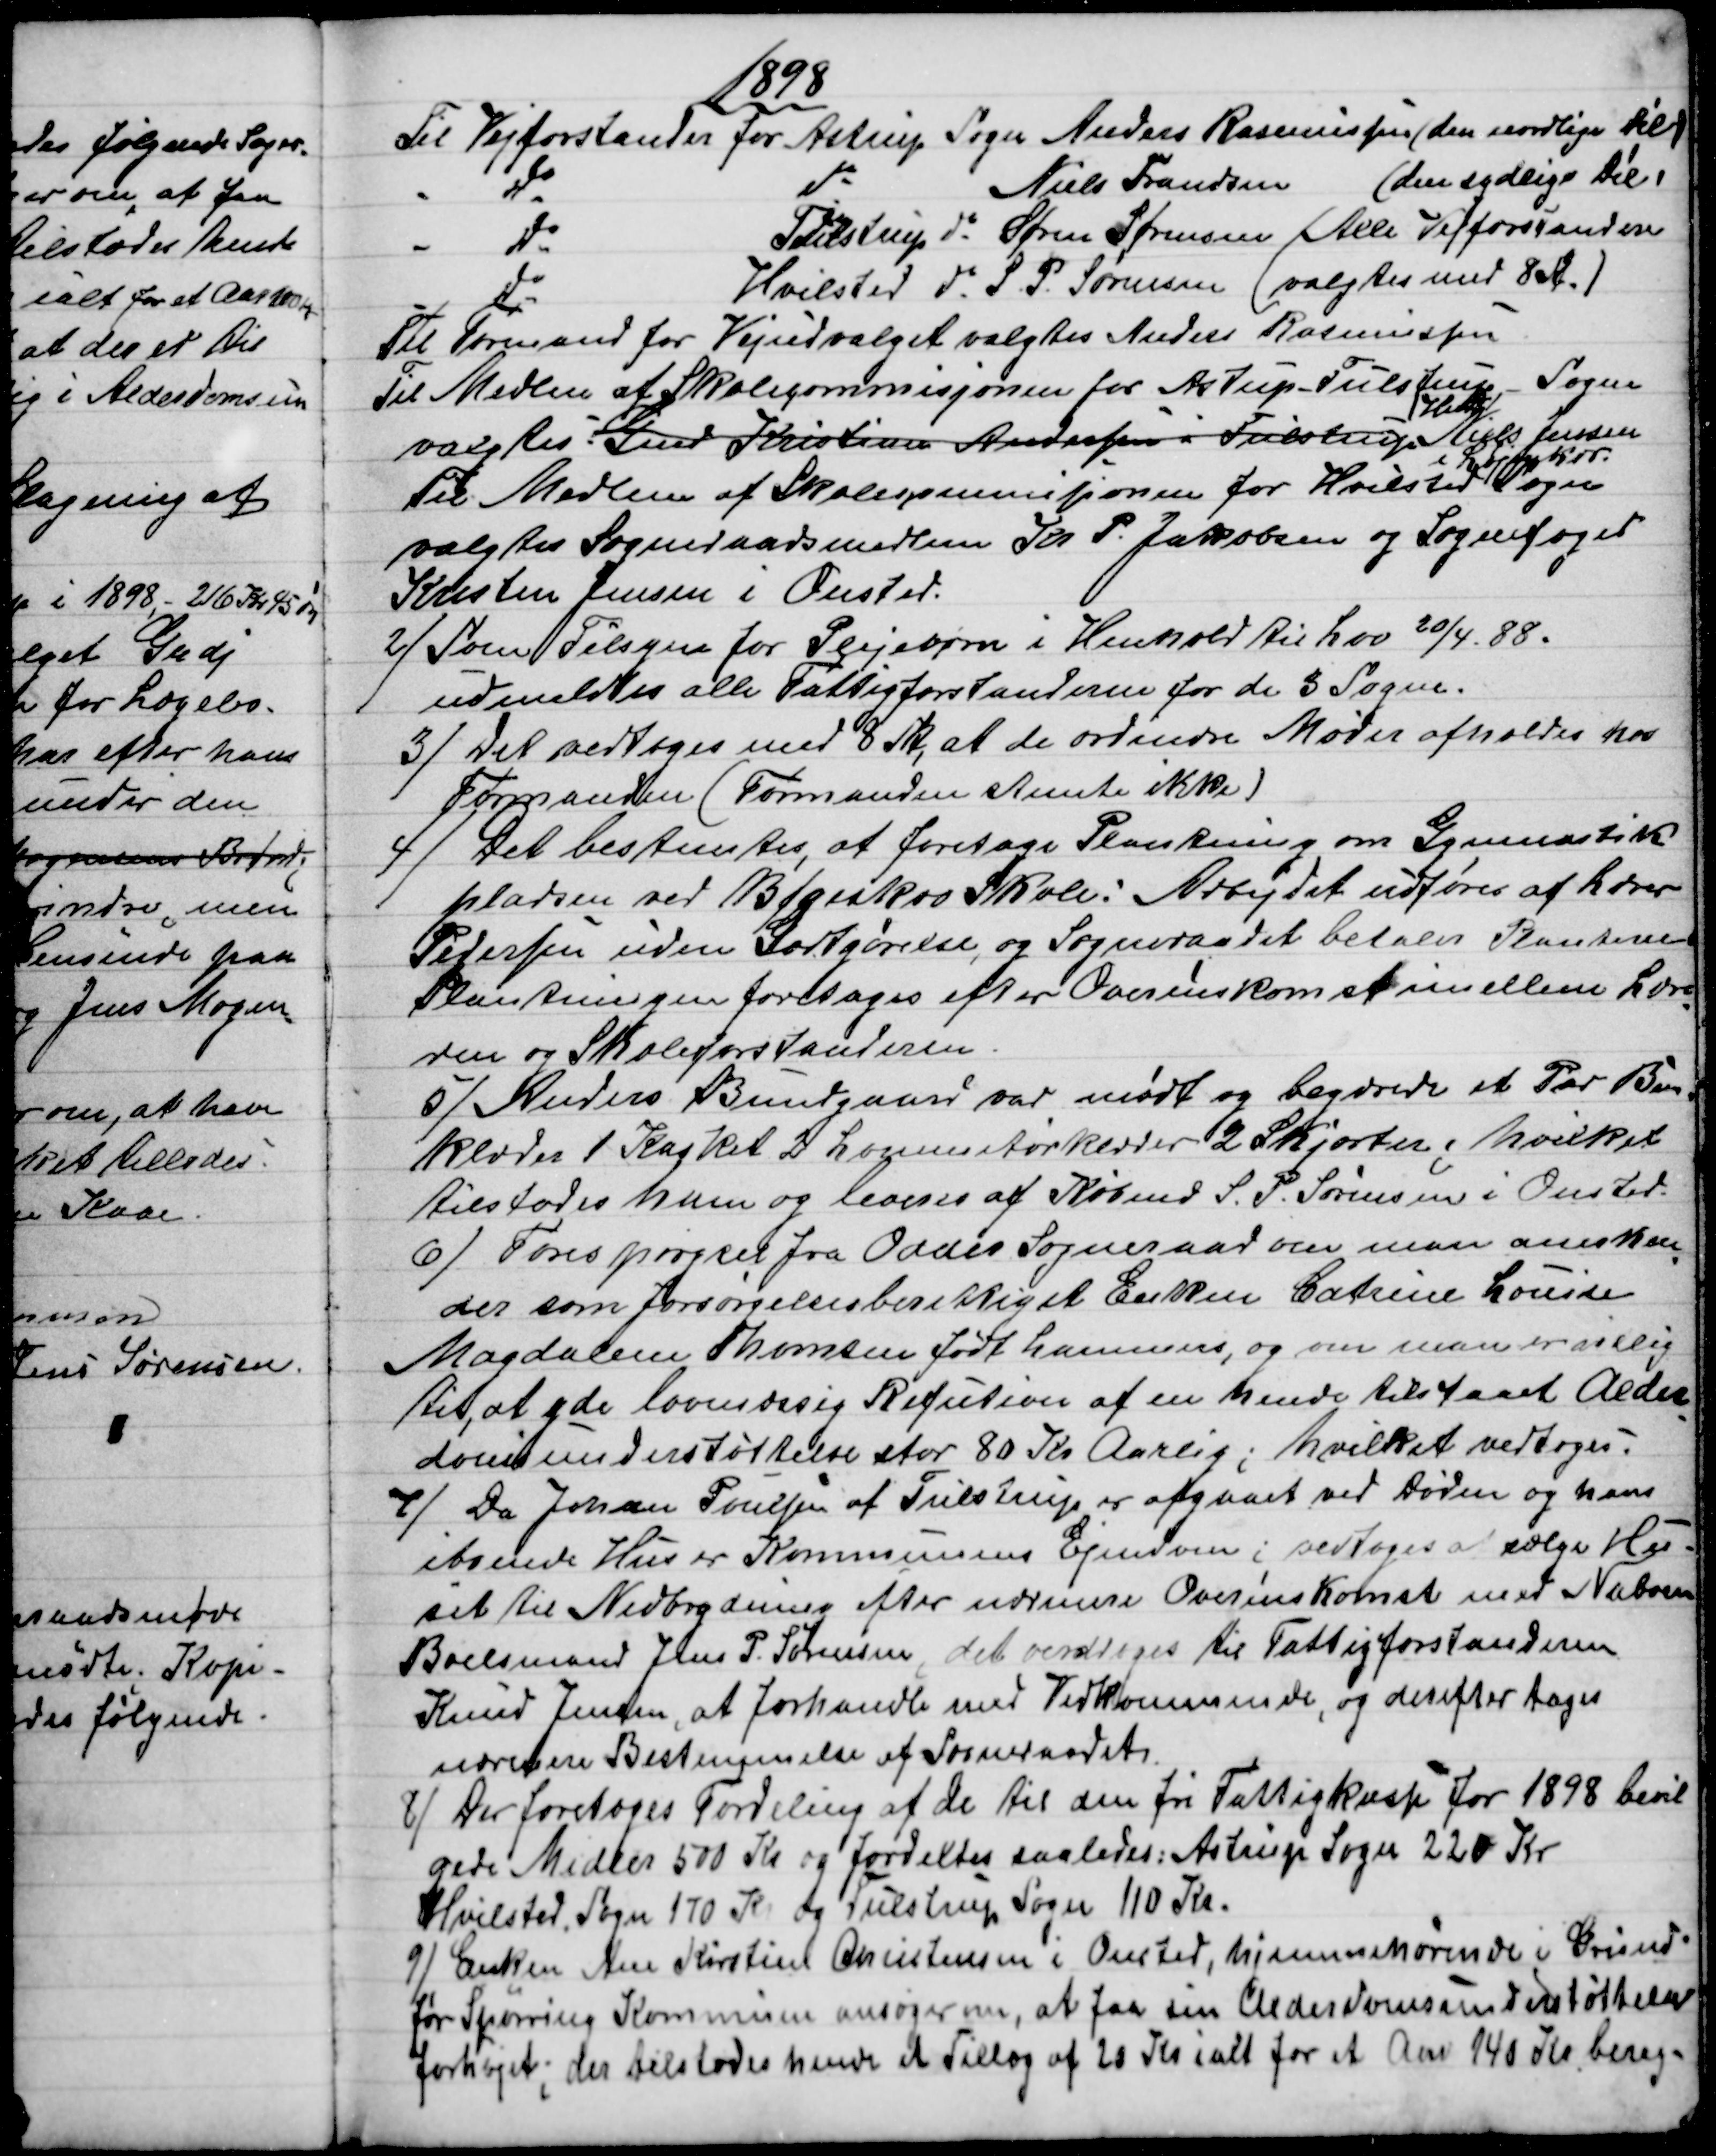
Transskription:
1898
Til Vejforstander for Astrup Sogn Anders Rasmussen (den nordlige Dél)
Do
Do
Niels Frandsen (den sydlige Dél)
Do
Tulstrup do Søren Sørensen 
Do
Hvilsted do  S. P. Sørensen 
(Alle Vejforstandere 
valgtes med 8 St.)
Til Formand for Vejudvalget valgtes Anders Rasmussen
Til Medlem af Skolecommisjonen for Astrup -Tulstrup Sogne
valgtes: Gmd Kristian Andersen i Tulstrup 
Hmd
Niels Jensen
i Løjenkær
Til Medlem af Skolecommissjonen for Hvilsted Sogn 
valgtes Sogneraadsmedlem Kr. P. Jakobsen og Sognefoged
Kristen Jensen i Onsted.
2)
Som Tilsyn for Plejebørn i Henhold til Lov 20/4 88.
udmeldtes alle Fattigforstanderne for de 3 Sogne.
3) 
Det vedtoges med 8 St., at de ordinære Møder afholdes hos
Formanden (Formanden stemte ikke)
4) 
Det bestemtes, at foretage Plantning om Gymnastik
pladsen ved Bøgeskov Skole: Arbejdet udføres af Lærer
Pedersen uden Godtgørelse, og Sogneraadet betalers Planterne
Plantningen foretages efter Overenskomst imellem Lære
=
ren og Skoleforstanderen.
5)
Anders Bundgaard var mødt og begærede et Par Ben=
klæder 1 Kasket 2 Lommetørklæder 2 Skjorter; hvilket
tilstodes ham og leveres af Købmd S. P. Sørensen i Onsted.
6) 
Forespørgsel fra Odder Sogneraad om man anerken
=
der som Forsørgelsesberettiget Enken Catrine Louise
Magdalene Thomsen født Lammers, og om man er villig
til at yde lovmæssig Refution af en hende tilstaaet Alder
=
domsunderstøttelse stor 80 Kr Aarlig; hvilket vedtoges.
7)
Da Johan Poulsen af Tulstrup er afgaaet ved Døden og hans
iboende Hus er Kommunens Ejendom; vedtoges at sælge Hu-
set til Nedbrydning efter nærmere Overenskomst med Naboen
Boelsmand Jens P. Sørensen; det overdroges til Fattigforstanderen
Knud Jensen, at forhandle med Vedkommende, og derefter tages
nærmere Bestemmelse af Sogneraadet.
8) 
Der foretoges Fordeling af de til den fri Fattigkasse for 1898 bevil
gede Midler 500 Kr og fordeltes saaledes: Astrup Sogn 220 Kr
Hvilsted, Sogn 170 Kr og Tulstrup Sogn 110 Kr.
9) 
Enken Ane Kirstine Christensen i Onsted, hjemmehørende i Grund-
før Spørring Kommune ansøger om, at faa sin Alderdomsunderstøttelse
forhøjet; der tilstodes hende et Tillæg af 20 Kr i alt for et Aar 140 Kr. bereg=